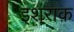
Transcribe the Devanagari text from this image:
इशराक़